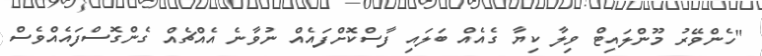
"ހެންވޭރު މޫންލައިޓް ވިލާ ކިޔާ ގެއެއް ބަލައި ފާސްކޮށްފައެއް ނުވާނެ އެއްޗެއް ގެންގޮސްފައެއްވެސް